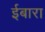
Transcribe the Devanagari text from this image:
ईबारा